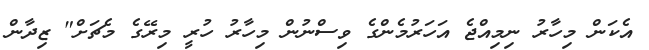
އެކަން މިހާރު ނިމިއްޖެ އަހަރުމެންގެ ވިސްނުން މިހާރު ހުރީ މިރޭގެ މެޗަށް" ޒިދާން